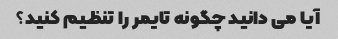
آیا می دانید چگونه تایمر را تنظیم کنید؟